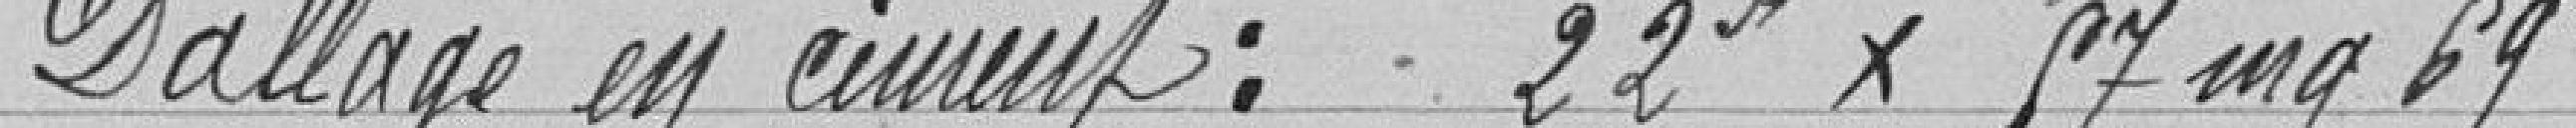
Dallage en ciment : 22 x 17 mq 69 :